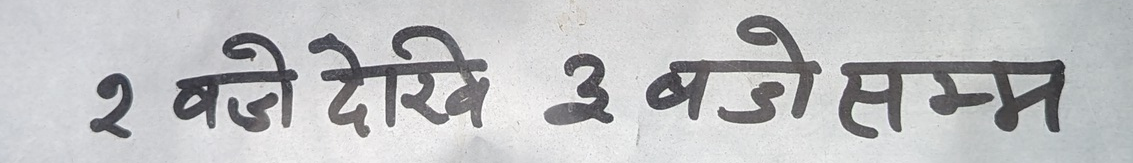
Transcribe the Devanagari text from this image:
२ बजे देखि ३ बजे सम्म